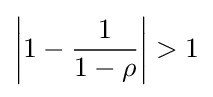
\left|1-{\frac {1}{1-\rho }}\right|>1